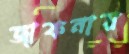
জাফনায়